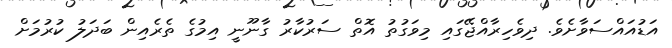
އަޑުއައްސަވާށެވެ. ދިވެހިރާއްޖޭގައި މިވަގުތު އޮތް ސަރުކާރު ގާނޫނީ އިމުގެ ތެރެއިން ބަދަލު ކުރުމަށް